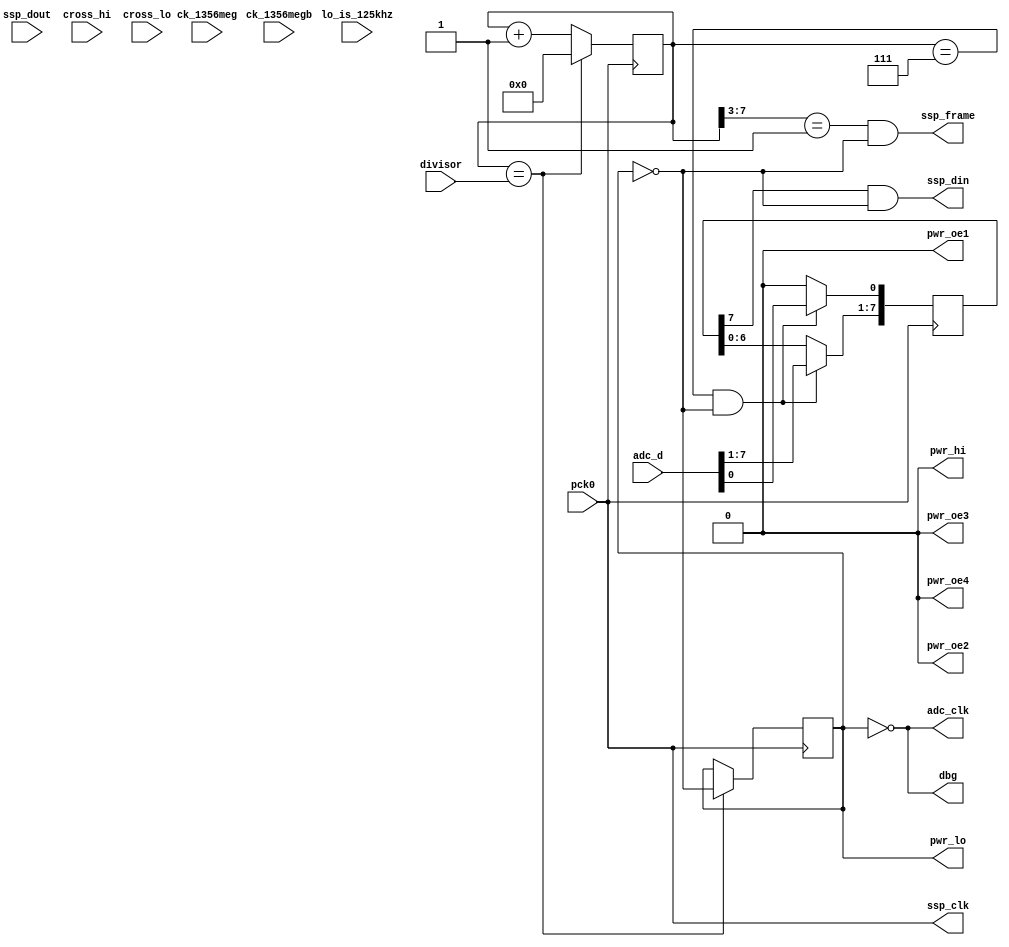
module lo_read(
    pck0, ck_1356meg, ck_1356megb,
    pwr_lo, pwr_hi, pwr_oe1, pwr_oe2, pwr_oe3, pwr_oe4,
    adc_d, adc_clk,
    ssp_frame, ssp_din, ssp_dout, ssp_clk,
    cross_hi, cross_lo,
    dbg,
    lo_is_125khz, divisor
);
    input pck0, ck_1356meg, ck_1356megb;
    output pwr_lo, pwr_hi, pwr_oe1, pwr_oe2, pwr_oe3, pwr_oe4;
    input [7:0] adc_d;
    output adc_clk;
    input ssp_dout;
    output ssp_frame, ssp_din, ssp_clk;
    input cross_hi, cross_lo;
    output dbg;
    input lo_is_125khz; // redundant signal, no longer used anywhere
    input [7:0] divisor;

reg [7:0] to_arm_shiftreg;
reg [7:0] pck_divider;
reg ant_lo;

// this task runs on the rising egde of pck0 clock (24Mhz) and creates ant_lo
// which is high for (divisor+1) pck0 cycles and low for the same duration
// ant_lo is therefore a 50% duty cycle clock signal with a frequency of
// 12Mhz/(divisor+1) which drives the antenna as well as the ADC clock adc_clk
always @(posedge pck0)
begin
	if(pck_divider == divisor[7:0])
		begin
			pck_divider <= 8'd0;
			ant_lo = !ant_lo;
		end
	else
	begin
		pck_divider <= pck_divider + 1;
	end
end

// this task also runs at pck0 frequency (24Mhz) and is used to serialize
// the ADC output which is then clocked into the ARM SSP.

// because ant_lo always transitions when pck_divider = 0 we use the
// pck_divider counter to sync our other signals off it
// we read the ADC value when pck_divider=7 and shift it out on counts 8..15
always @(posedge pck0)
begin
	if((pck_divider == 8'd7) && !ant_lo)
        to_arm_shiftreg <= adc_d;
    else
	begin
        to_arm_shiftreg[7:1] <= to_arm_shiftreg[6:0];
		// simulation showed a glitch occuring due to the LSB of the shifter
		// not being set as we shift bits out
		// this ensures the ssp_din remains low after a transfer and suppresses
		// the glitch that would occur when the last data shifted out ended in
		// a 1 bit and the next data shifted out started with a 0 bit
        to_arm_shiftreg[0] <= 1'b0;
	end
end

// ADC samples on falling edge of adc_clk, data available on the rising edge

// example of ssp transfer of binary value 1100101
// start of transfer is indicated by the rise of the ssp_frame signal
// ssp_din changes on the rising edge of the ssp_clk clock and is clocked into
// the ARM by the falling edge of ssp_clk
//             _______________________________
// ssp_frame__|                               |__
//             _______         ___     ___
// ssp_din  __|       |_______|   |___|   |______
//         _   _   _   _   _   _   _   _   _   _
// ssp_clk  |_| |_| |_| |_| |_| |_| |_| |_| |_| |_

// serialized SSP data is gated by ant_lo to suppress unwanted signal
assign ssp_din = to_arm_shiftreg[7] && !ant_lo;
// SSP clock always runs at 24Mhz
assign ssp_clk = pck0;
// SSP frame is gated by ant_lo and goes high when pck_divider=8..15
assign ssp_frame = (pck_divider[7:3] == 5'd1) && !ant_lo;
// unused signals tied low
assign pwr_hi = 1'b0;
assign pwr_oe1 = 1'b0;
assign pwr_oe2 = 1'b0;
assign pwr_oe3 = 1'b0;
assign pwr_oe4 = 1'b0;
// this is the antenna driver signal
assign pwr_lo = ant_lo;
// ADC clock out of phase with antenna driver
assign adc_clk = ~ant_lo;
// ADC clock also routed to debug pin
assign dbg = adc_clk;
endmodule